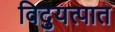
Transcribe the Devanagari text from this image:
विद्युत्पात